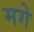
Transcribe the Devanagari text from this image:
मगे